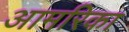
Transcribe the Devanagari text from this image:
आमरिका